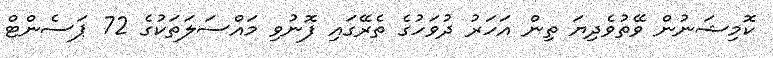
ކޮމިޝަނުން ވޭތުވެދިޔަ ތިން އަހަރު ދުވަހުގެ ތެރޭގައި ފޮނުވި މައްސަލަތަކުގެ 72 ޕަސެންޓް